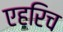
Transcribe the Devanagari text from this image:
एहरिच